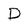
Character: D